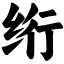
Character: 绗